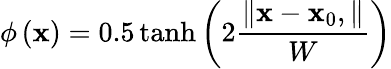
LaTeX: \phi\left({\mathbf{x}}\right)=0.5\operatorname{tanh}\left({2\frac{{\left\| {{\mathbf{x}}-{{\mathbf{x}}_{0}}},\right\| }}{W}}\right)